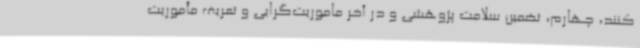
کنند، چهارم، تضمین سلامت پژوهشی و در آخر ماموریت‌گرایی و تعریف مأموریت